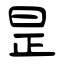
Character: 昰